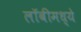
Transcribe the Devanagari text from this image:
लॉबीमध्ये